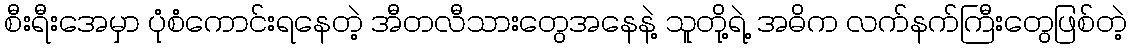
စီးရီးအေမှာ ပုံစံကောင်းရနေတဲ့ အီတလီသားတွေအနေနဲ့ သူတို့ရဲ့ အဓိက လက်နက်ကြီးတွေဖြစ်တဲ့